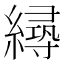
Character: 𦅛